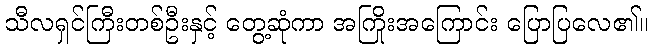
သီလရှင်ကြီးတစ်ဦးနှင့် တွေ့ဆုံကာ အကြိုးအကြောင်း ပြောပြလေ၏။